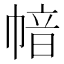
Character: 𢄈